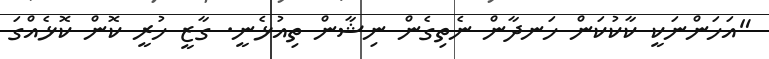
"އަހަންނަކީ ކާކުކަން ހަނދާން ނެތިގެން ނިޝާން ތިއުޅެނީ. ގާޒީ ހުރީ ކޮން ކޮޅެއްގަ